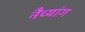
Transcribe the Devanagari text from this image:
नैच्यांग